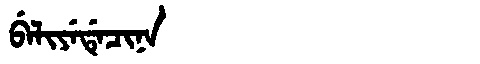
Manchu: ᠪᡝᠯᡳᠶᡝᡩᡝᠴᡳᠨᠠ
Romanization: BELIYEDECINA